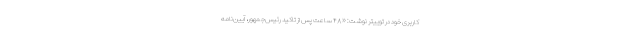
کاربری خود در توییتر نوشت: «۴۸ ساعت پس از تاکید رئیس‌جمهور، آیین‌نامه‌